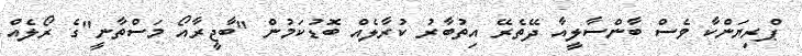
ޕްރިޔަންކާ ވެސް ބާންސާލީއާ ދޭތެރޭ އިތުބާރު ކުރާލެއް ބޮޑުކަމުން "ބާޖީރާއޯ މަސްތާނީ"ގެ ރޯލެއް